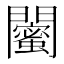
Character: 𨷛